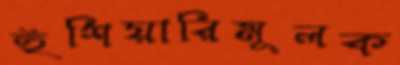
হুঁশিয়ারিমূলক